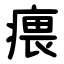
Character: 㾯